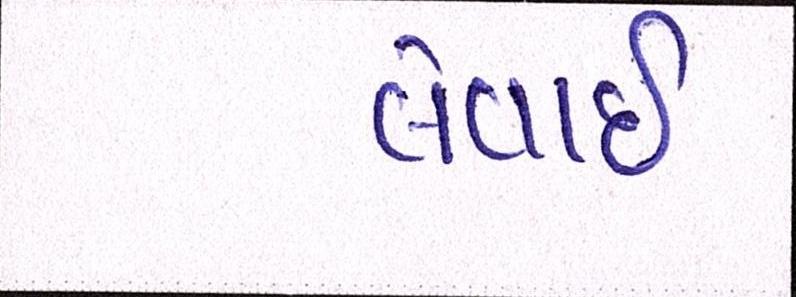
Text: લેવાઇ